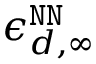
\epsilon _ { d , \infty } ^ { \tt N N }